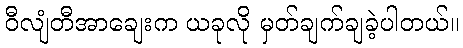
ဝီလျံတီအာချေးက ယခုလို မှတ်ချက်ချခဲ့ပါတယ်။